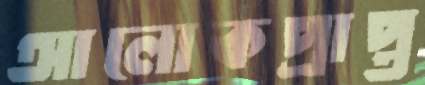
আলোকপ্রাপ্ত